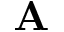
\mathbf { A }